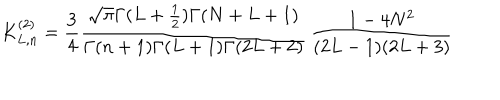
K _ { L , n } ^ { ( 2 ) } = \frac 3 4 \frac { \sqrt { \pi } \Gamma ( L + \frac 1 2 ) \Gamma ( N + L + 1 ) } { \Gamma ( n + 1 ) \Gamma ( L + 1 ) \Gamma ( 2 L + 2 ) } \, \frac { 1 - 4 N ^ { 2 } } { ( 2 L - 1 ) ( 2 L + 3 ) }